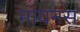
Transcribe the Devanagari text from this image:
मायनस